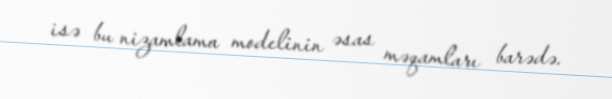
isə bu nizamlama modelinin əsas məqamları barədə.